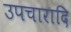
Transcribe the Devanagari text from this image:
उपचारादि